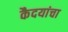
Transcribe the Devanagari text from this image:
कैदयांचा